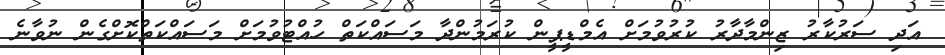
އަދި ސަރުކާރު ޒިންމާދާރު ކުރުވުމަށް އެމްޑީޕީން ކުރަމުންދާ މަސައްކަތް ހުއްޓުވުމަށް މަސައްކަތްކޮށްގެން ނުވާނެ